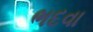
ભદવા